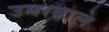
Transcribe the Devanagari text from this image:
उमरवाले